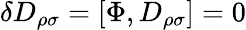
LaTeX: \delta D_{\rho\sigma}=[\Phi,D_{\rho\sigma}]=0